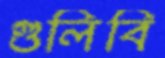
গুলিবি